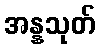
အန္နသုတ်